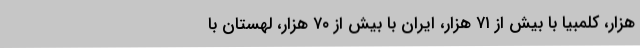
هزار، کلمبیا با بیش از ۷۱ هزار، ایران با بیش از ۷۰ هزار، لهستان با